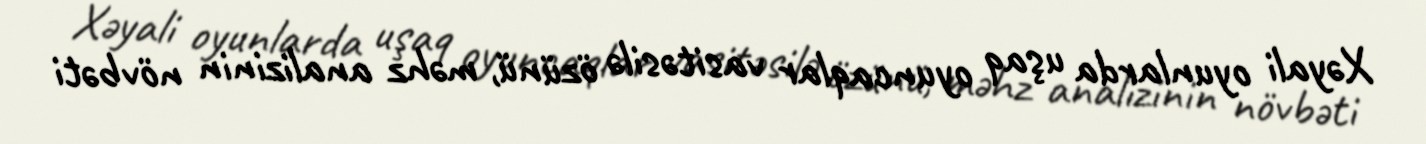
Xəyali oyunlarda uşaq oyuncaqlar vasitəsilə özünü, məhz analizinin növbəti